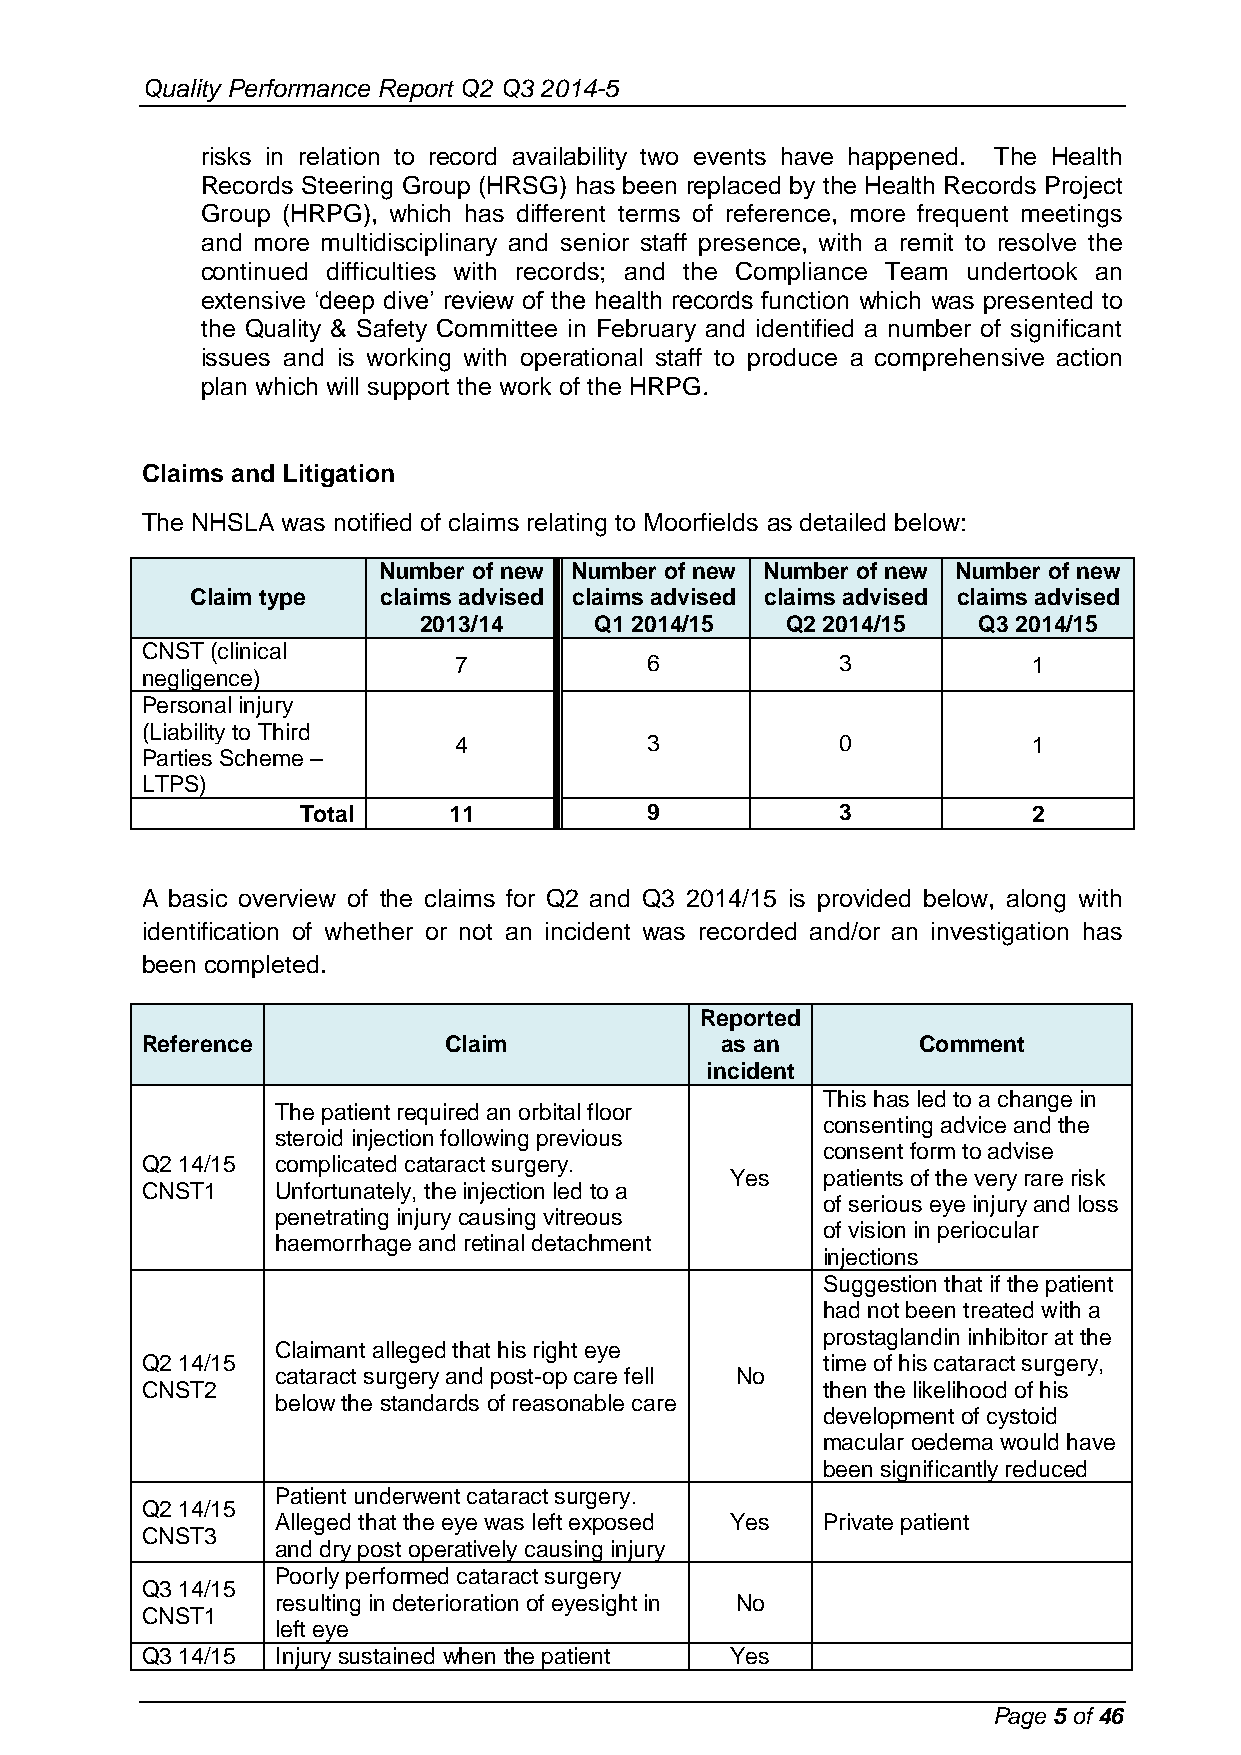
Quality Performance Report Q2 Q3 2014-5
 risks in relation to record availability two events have happened. The Health
 Records Steering Group (HRSG) has been replaced by the Health Records Project
 Group (HRPG), which has different terms of reference, more frequent meetings
 and more multidisciplinary and senior staff presence, with a remit to resolve the
 continued difficulties with records; and the Compliance Team undertook an
 extensive ‘deep dive’ review of the health records function which was presented to
 the Quality & Safety Committee in February and identified a number of significant
 issues and is working with operational staff to produce a comprehensive action
 plan which will support the work of the HRPG.
 Claims and Litigation
 The NHSLA was notified of claims relating to Moorfields as detailed below:
 Number of new Number of new Number of new Number of new
 Claim type  claims advised claims advised claims advised claims advised
 2013/14    Q1 2014/15   Q2 2014/15   Q3 2014/15
 CNST (clinical
 7            6            3           1
 negligence)
 Personal injury
 (Liability to Third
 4            3            0           1
 Parties Scheme –
 LTPS)
 Total     11           9            3           2
 A basic overview of the claims for Q2 and Q3 2014/15 is provided below, along with
 identification of whether or not an incident was recorded and/or an investigation has
 been completed.
 Reported
 Reference           Claim              as an        Comment
 incident
 This has led to a change in
 The patient required an orbital floor
 consenting advice and the
 steroid injection following previous
 consent form to advise
 Q2 14/15 complicated cataract surgery.
 Yes   patients of the very rare risk
 CNST1    Unfortunately, the injection led to a
 of serious eye injury and loss
 penetrating injury causing vitreous
 of vision in periocular
 haemorrhage and retinal detachment
 injections
 Suggestion that if the patient
 had not been treated with a
 prostaglandin inhibitor at the
 Claimant alleged that his right eye
 Q2 14/15                                     time of his cataract surgery,
 cataract surgery and post-op care fell No
 CNST2                                        then the likelihood of his
 below the standards of reasonable care
 development of cystoid
 macular oedema would have
 been significantly reduced
 Patient underwent cataract surgery.
 Q2 14/15
 Alleged that the eye was left exposed Yes Private patient
 CNST3
 and dry post operatively causing injury
 Poorly performed cataract surgery
 Q3 14/15
 resulting in deterioration of eyesight in No
 CNST1
 left eye
 Q3 14/15 Injury sustained when the patient Yes
 Page 5 of 46